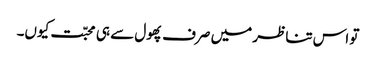
تو اس تناظر میں صرف پھول سے ہی محبّت کیوں۔